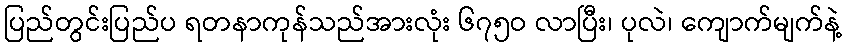
ပြည်တွင်းပြည်ပ ရတနာကုန်သည်အားလုံး ၆၇၅ဝ လာပြီး၊ ပုလဲ၊ ကျောက်မျက်နဲ့